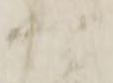
可